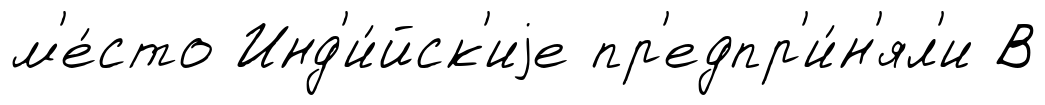
м'е́сто Инд'и́йск'иjе пр'едпр'и́н'ял'и В